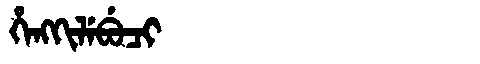
Manchu: ᡥᡝᠩᡴᡳᠯᡝᠪᡠᠴᡳ
Romanization: HENGKILEBUCI